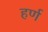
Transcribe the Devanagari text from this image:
हर्ण